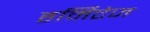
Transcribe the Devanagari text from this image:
हर्मिटेज